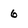
Character: 6